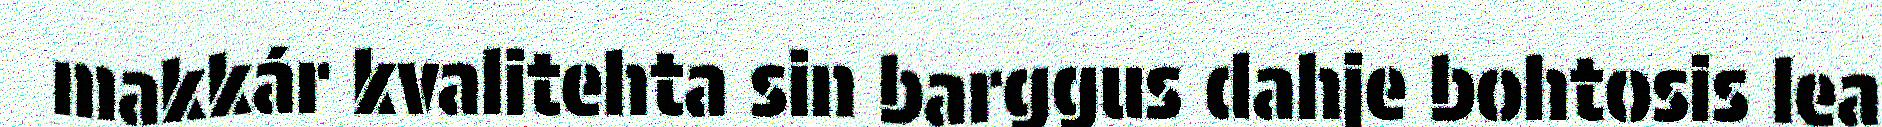
makkár kvalitehta sin barggus dahje bohtosis lea